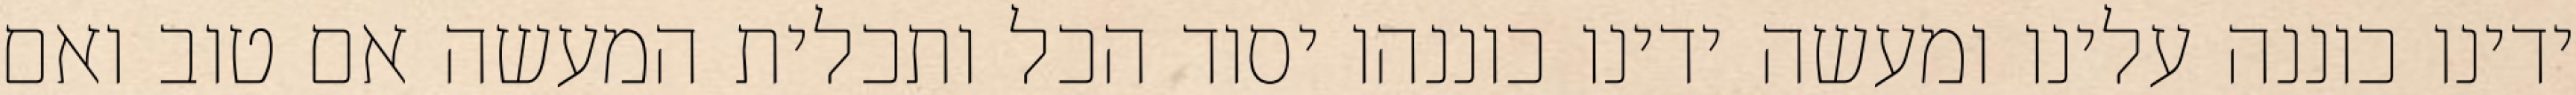
ידינו כוננה עלינו ומעשה ידינו כוננהו יסוד הכל ותכלית המעשה אם טוב ואם